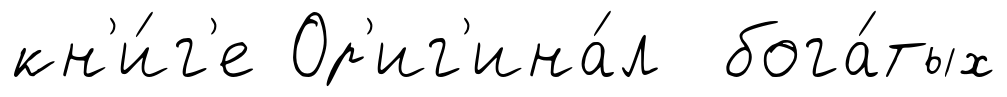
кн'и́г'е Ор'иг'ина́л бога́тых